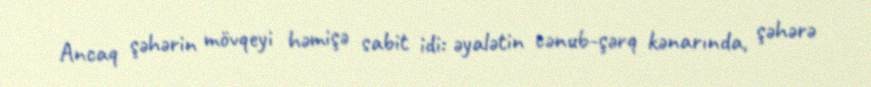
Ancaq şəhərin mövqeyi həmişə sabit idi: əyalətin cənub-şərq kənarında, şəhərə